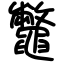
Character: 鼈